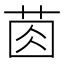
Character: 𦯯